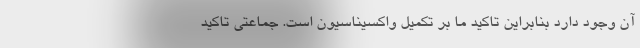
آن وجود دارد بنابراین تاکید ما بر تکمیل واکسیناسیون است. جماعتی تاکید